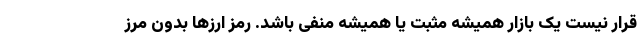
قرار نیست یک بازار همیشه مثبت یا همیشه منفی باشد. رمز ارزها بدون مرز